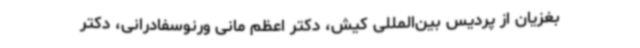
بغزیان از پردیس بین‌المللی کیش، دکتر اعظم مانی ورنوسفادرانی، دکتر